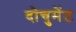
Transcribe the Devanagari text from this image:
दोचुमेंट